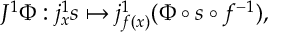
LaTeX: J ^ { 1 } \Phi : j _ { x } ^ { 1 } s \mapsto j _ { f ( x ) } ^ { 1 } ( \Phi \circ s \circ f ^ { - 1 } ) ,